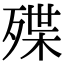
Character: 殜